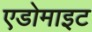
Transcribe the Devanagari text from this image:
एडोमाइट